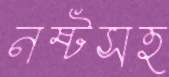
নষ্টসহ